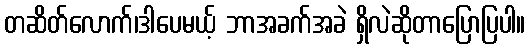
တဆိတ်လောက်၊ဒါပေမယ့် ဘာအခက်အခဲ ရှိလဲဆိုတာပြောပြပါ။